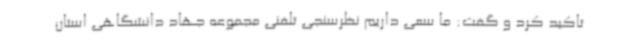
تاکید کرد و گفت: ما سعی داریم نظرسنجی تلفنی مجموعه جهاد دانشگاهی استان